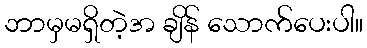
ဘာမှမရှိတဲ့အ ချိန် သောက်ပေးပါ။